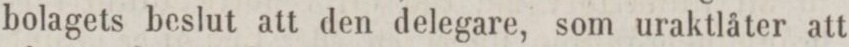
bolagets beslut att den delegare, som uraktlåter att